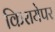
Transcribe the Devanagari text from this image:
किरायेपर